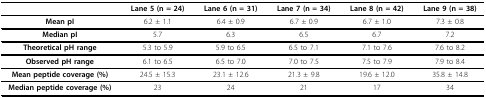
<table><thead><tr><td></td><td><b>Lane 5 (n = 24)</b></td><td><b>Lane 6 (n = 31)</b></td><td><b>Lane 7 (n = 34)</b></td><td><b>Lane 8 (n = 42)</b></td><td><b>Lane 9 (n = 38)</b></td></tr></thead><tbody><tr><td><b>Mean pI</b></td><td>6.2 ± 1.1</td><td>6.4 ± 0.9</td><td>6.7 ± 0.9</td><td>6.7 ± 1.0</td><td>7.3 ± 0.8</td></tr><tr><td><b>Median pI</b></td><td>5.7</td><td>6.3</td><td>6.5</td><td>6.7</td><td>7.2</td></tr><tr><td><b>Theoretical pH range</b></td><td>5.3 to 5.9</td><td>5.9 to 6.5</td><td>6.5 to 7.1</td><td>7.1 to 7.6</td><td>7.6 to 8.2</td></tr><tr><td><b>Observed pH range</b></td><td>6.1 to 6.5</td><td>6.5 to 7.0</td><td>7.0 to 7.5</td><td>7.5 to 7.9</td><td>7.9 to 8.4</td></tr><tr><td><b>Mean peptide coverage (%)</b></td><td>24.5 ± 15.3</td><td>23.1 ± 12.6</td><td>21.3 ± 9.8</td><td>19.6 ± 12.0</td><td>35.8 ± 14.8</td></tr><tr><td><b>Median peptide coverage (%)</b></td><td>23</td><td>24</td><td>21</td><td>17</td><td>34</td></tr></tbody></table>